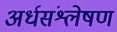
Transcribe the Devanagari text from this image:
अर्धसंश्लेषण